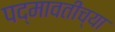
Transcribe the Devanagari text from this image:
पद्मावतीच्या